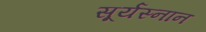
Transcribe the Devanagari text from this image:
सूर्यस्नान